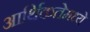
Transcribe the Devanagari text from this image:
आर्थिकतेमध्ये